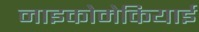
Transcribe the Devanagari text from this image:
नाइकोमेकियाई